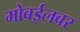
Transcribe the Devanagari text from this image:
मोबईलवर